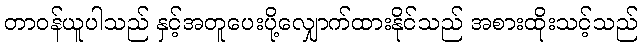
တာဝန်ယူပါသည် နှင့်အတူပေးပို့လျှောက်ထားနိုင်သည် အစားထိုးသင့်သည်